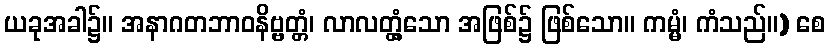
ယခုအခါ၌။ အနာဂတဘာဝနိဗ္ဗတ္တံ၊ လာလတ္တံ့သော အဖြစ်၌ ဖြစ်သော။ ကမ္မံ၊ ကံသည်။) စေ